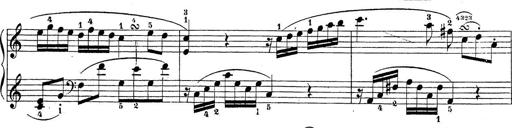
Title: Sonatina Album
Composer: Louis KÃ¶hler